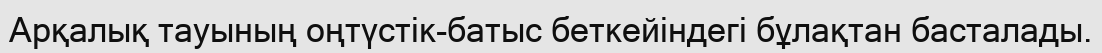
Арқалық тауының оңтүстік-батыс беткейіндегі бұлақтан басталады.